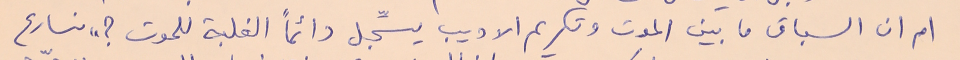
ام ان السباق ما بين الموت وتكريم الاديب يسجِّل دائماً الغلبة للموت ؟" نسارع